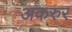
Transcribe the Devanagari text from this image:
अकरुर